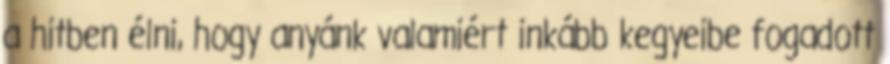
a hitben élni, hogy anyánk valamiért inkább kegyeibe fogadott